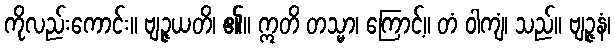
ကိုလည်းကောင်း။ ဗျဉ္ဇယတိ၊ ၏။ ဣတိ တသ္မာ၊ ကြောင့်။ တံ ဝါကျံ၊ သည်။ ဗျဉ္ဇနံ၊